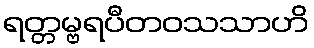
ရတ္တမ္ဗရပီတဝသသာဟိ